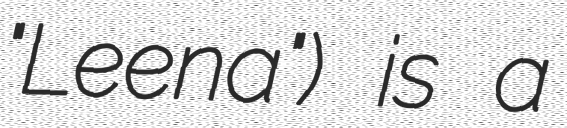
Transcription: "Leena") is a